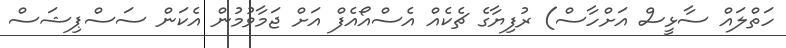
ހަތްލައް ސާޅީސް އަށްހާސް) ރުފިޔާގެ ޗެކެއް އެސްއޯއެފް އަށް ޖަމާވުމުން އެކަން ސަސްޕިޝަސް